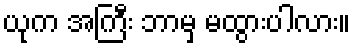
ယုက အကြီး ဘာမှ မထွားပါလား။